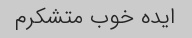
ایده خوب متشکرم